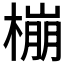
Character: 𱤌